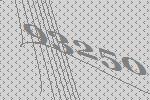
93250